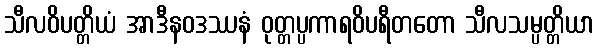
သီလဝိပတ္တိယံ အာဒီနဝဒဿနံ ဝုတ္တပ္ပကာရဝိပရီတတော သီလသမ္ပတ္တိယာ